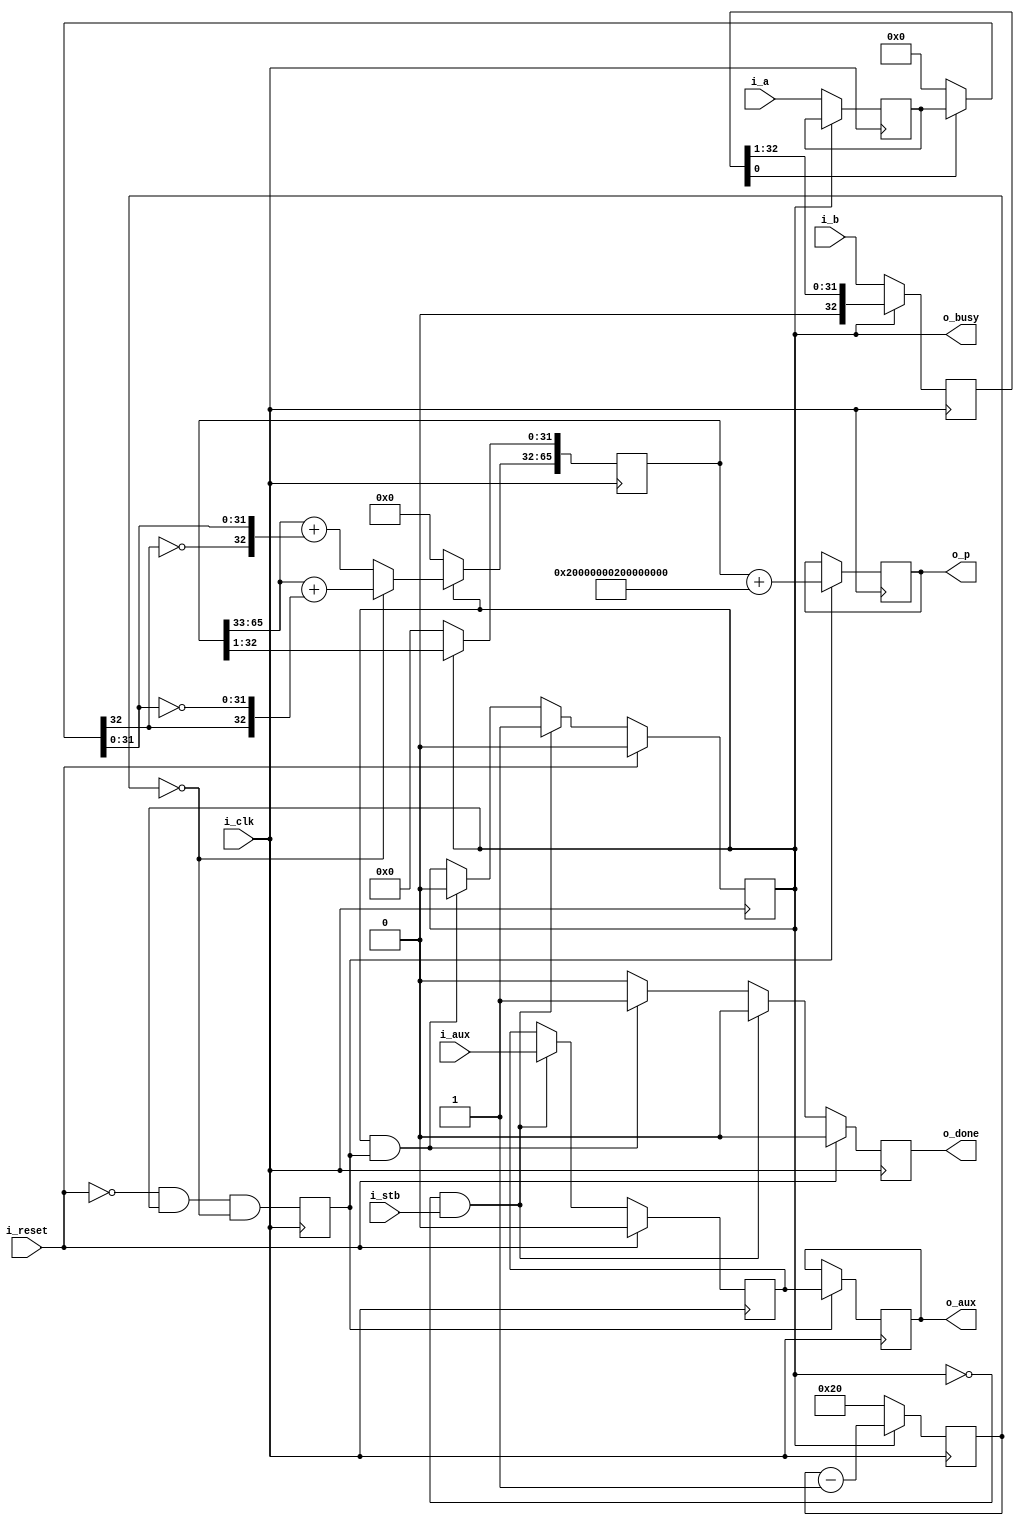
////////////////////////////////////////////////////////////////////////////////
//
//
// Project:	Zip CPU -- a small, lightweight, RISC CPU soft core
//
// Purpose:	This is a signed (OPT_SIGNED=1) or unsigned (OPT_SIGNED=0)
// 		multiply designed for low logic and slow data signals.  It
// 	takes one clock per bit plus two more to complete the multiply.
//
//	The OPT_SIGNED version of this algorithm was found on Wikipedia at
//	https://en.wikipedia.org/wiki/Binary_multiplier.
//
// Creator:	Dan Gisselquist, Ph.D.
//		Gisselquist Technology, LLC
//
////////////////////////////////////////////////////////////////////////////////
//
// Copyright (C) 2018, Gisselquist Technology, LLC
//
// This program is free software (firmware): you can redistribute it and/or
// modify it under the terms of  the GNU General Public License as published
// by the Free Software Foundation, either version 3 of the License, or (at
// your option) any later version.
//
// This program is distributed in the hope that it will be useful, but WITHOUT
// ANY WARRANTY; without even the implied warranty of MERCHANTIBILITY or
// FITNESS FOR A PARTICULAR PURPOSE.  See the GNU General Public License
// for more details.
//
// You should have received a copy of the GNU General Public License along
// with this program.  (It's in the $(ROOT)/doc directory.  Run make with no
// target there if the PDF file isn't present.)  If not, see
// <http://www.gnu.org/licenses/> for a copy.
//
// License:	GPL, v3, as defined and found on www.gnu.org,
//		http://www.gnu.org/licenses/gpl.html
//
//
////////////////////////////////////////////////////////////////////////////////
//
//
`default_nettype	none
//
//
module	slowmpy(i_clk, i_reset, i_stb, i_a, i_b, i_aux, o_busy,
		o_done, o_p, o_aux);
	parameter			LGNA = 6;
	parameter	[LGNA:0]	NA = 33;
	parameter	[0:0]		OPT_SIGNED = 1'b1;
	localparam	NB = NA;	// Must be = NA for OPT_SIGNED to work
	//
	input	wire	i_clk, i_reset;
	//
	input	wire	i_stb;
	input	wire	signed	[(NA-1):0]	i_a;
	input	wire	signed	[(NB-1):0]	i_b;
	input	wire				i_aux;
	output	reg				o_busy, o_done;
	output	reg	signed	[(NA+NB-1):0]	o_p;
	output	reg				o_aux;

	reg	[LGNA-1:0]	count;
	reg	[NA-1:0]	p_a;
	reg	[NB-1:0]	p_b;
	reg	[NA+NB-1:0]	partial;
	reg			aux;

	reg	almost_done;

	wire	pre_done;
	assign	pre_done = (count == 0);
	initial	almost_done = 1'b0;
	always @(posedge i_clk)
		almost_done <= (!i_reset)&&(o_busy)&&(pre_done);

	initial	aux    = 0;
	initial	o_done = 0;
	initial	o_busy = 0;
	always @(posedge i_clk)
	if (i_reset)
	begin
		aux    <= 0;
		o_done <= 0;
		o_busy <= 0;
	end else if ((!o_busy)&&(i_stb))
	begin
		o_done <= 0;
		o_busy <= 1;
		aux    <= i_aux;
	end else if ((o_busy)&&(almost_done))
	begin
		o_done <= 1;
		o_busy <= 0;
	end else
		o_done <= 0;

	wire	[NA-1:0]	pwire;
	assign	pwire = (p_b[0] ? p_a : 0);

	always @(posedge i_clk)
	if (!o_busy)
	begin
		count <= NA[LGNA-1:0]-1;
		partial <= 0;
		p_a <= i_a;
		p_b <= i_b;
	end else begin
		p_b <= (p_b >> 1);
		// partial[NA+NB-1:NB] <= partial[NA+NB
		partial[NB-2:0] <= partial[NB-1:1];
		if ((OPT_SIGNED)&&(pre_done))
			partial[NA+NB-1:NB-1] <= { 1'b0, partial[NA+NB-1:NB]} +
				{ 1'b0, pwire[NA-1], ~pwire[NA-2:0] };
		else if (OPT_SIGNED)
			partial[NA+NB-1:NB-1] <= {1'b0,partial[NA+NB-1:NB]} +
				{ 1'b0, !pwire[NA-1], pwire[NA-2:0] };
		else
			partial[NA+NB-1:NB-1] <= {1'b0, partial[NA+NB-1:NB]}
				+ ((p_b[0]) ? {1'b0,p_a} : 0);
		count <= count - 1;
	end

	always @(posedge i_clk)
	if (almost_done)
	begin
		if (OPT_SIGNED)
			o_p   <= partial[NA+NB-1:0]
				+ {1'b1,{(NA-2){1'b0}},1'b1, {(NB){1'b0}}};
		else
			o_p   <= partial[NA+NB-1:0];
		o_aux <= aux;
	end

`ifdef	FORMAL
// The formal properties for this module are maintained elsewhere
`endif
endmodule